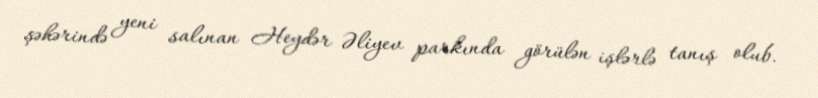
şəhərində yeni salınan Heydər Əliyev parkında görülən işlərlə tanış olub.